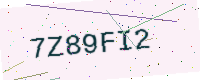
Text: 7Z89FI2